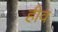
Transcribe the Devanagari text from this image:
हीव